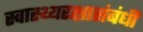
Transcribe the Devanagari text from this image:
स्वास्थ्यरक्षासंबंधी